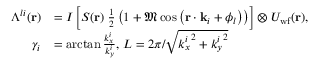
\begin{array} { r l } { \Lambda ^ { l i } ( \mathbf { r } ) } & { = I \left[ S ( \mathbf { r } ) \; \frac { 1 } { 2 } \left( 1 + \mathfrak { M } \cos \left( \mathbf { r } \cdot \mathbf { k } _ { i } + \phi _ { l } \right) \right) \right] \otimes U _ { \mathrm { w f } } ( \mathbf { r } ) , } \\ { \gamma _ { i } } & { = \arctan { \frac { k _ { x } ^ { i } } { k _ { y } ^ { i } } } , \, L = 2 \pi / \sqrt { { k _ { x } ^ { i } } ^ { 2 } + { k _ { y } ^ { i } } ^ { 2 } } } \end{array}